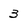
Character: 3